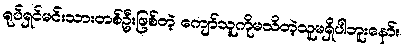
ရုပ်ရှင်မင်းသားတစ်ဦးဖြစ်တဲ့ ကျော်သူကိုမသိတဲ့သူမရှိပါဘူးနော်။